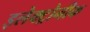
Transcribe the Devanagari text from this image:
इलेक्ट्रोनीक